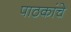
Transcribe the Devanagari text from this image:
पाठकांचे